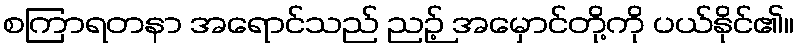
စကြာရတနာ အရောင်သည် ညဉ့် အမှောင်တို့ကို ပယ်နိုင်၏။